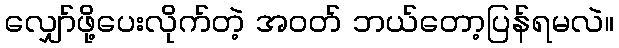
လျှော်ဖို့ပေးလိုက်တဲ့ အဝတ် ဘယ်တော့ပြန်ရမလဲ။